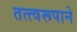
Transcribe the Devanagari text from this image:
तत्त्वरूपाने